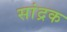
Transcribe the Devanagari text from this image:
सांद्रक